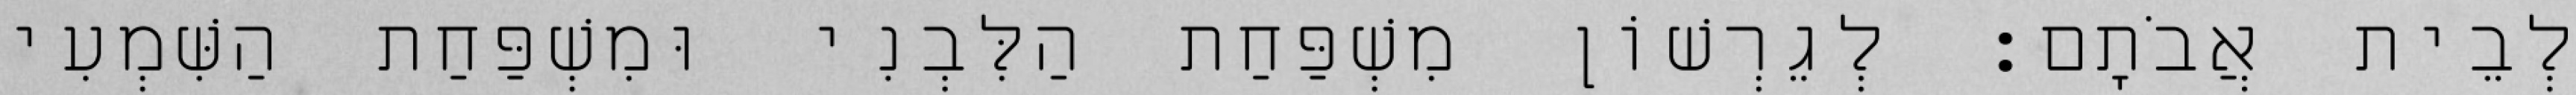
לְבֵית אֲבֹתָם׃ לְגֵרְשׁוֹן מִשְׁפַּחַת הַלִּבְנִי וּמִשְׁפַּחַת הַשִּׁמְעִי